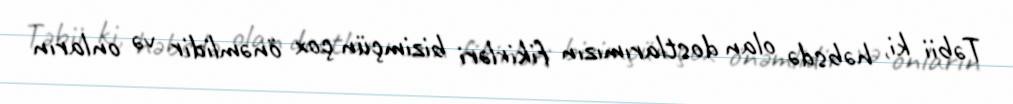
Təbii ki, həbsdə olan dostlarımızın fikirləri bizimçün çox önəmlidir və onların